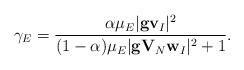
LaTeX: \begin{align*}\gamma_{E}= \frac{\alpha \mu_E|\mathbf{g}\mathbf{v}_{I}|^2}{(1-\alpha) \mu_E |\mathbf{g}\mathbf{V}_{N}\mathbf{w}_I|^2 + 1}.\end{align*}